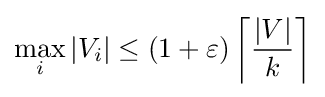
\max _{i}|V_{i}|\leq (1+\varepsilon )\left\lceil {\frac {|V|}{k}}\right\rceil